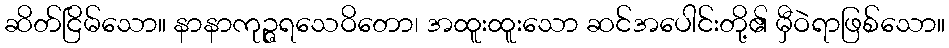
ဆိတ်ငြိမ်သော။ နာနာကုဉ္ဇရသေဝိတော၊ အထူးထူးသော ဆင်အပေါင်းတို့၏ မှီဝဲရာဖြစ်သော။